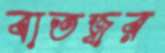
বাতজ্বর